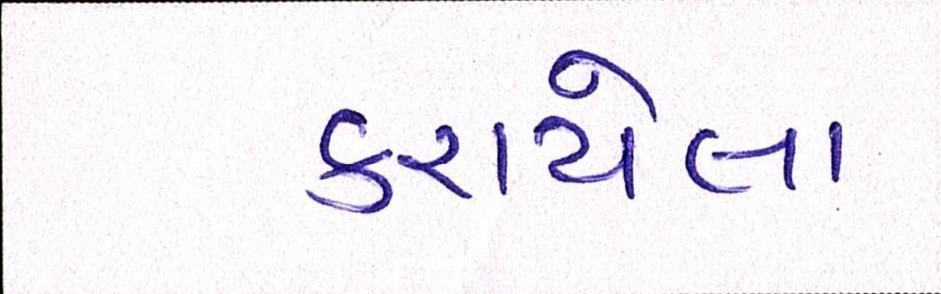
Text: કરાયેલા